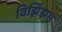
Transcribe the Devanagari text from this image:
विझिंझम